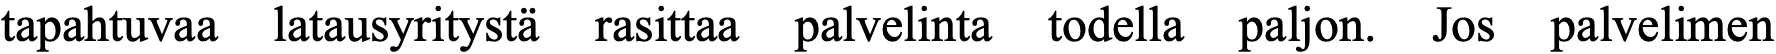
tapahtuvaa latausyritystä rasittaa palvelinta todella paljon. Jos palvelimen